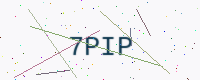
Text: 7PIP